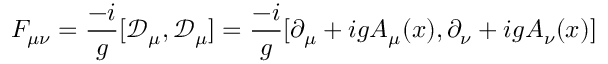
F _ { \mu \nu } = { \frac { - i } { g } } [ { \mathcal { D } } _ { \mu } , { \mathcal { D } } _ { \mu } ] = { \frac { - i } { g } } [ \partial _ { \mu } + i g A _ { \mu } ( x ) , \partial _ { \nu } + i g A _ { \nu } ( x ) ]